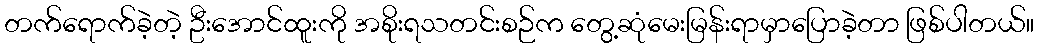
တက်ရောက်ခဲ့တဲ့ ဦးအောင်ထူးကို အစိုးရသတင်းစဉ်က တွေ့ဆုံမေးမြန်းရာမှာပြောခဲ့တာ ဖြစ်ပါတယ်။